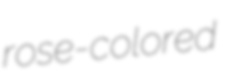
rose-colored